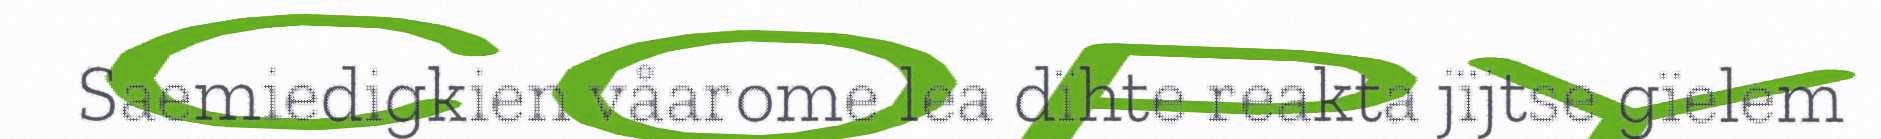
Saemiedigkien våarome lea dïhte reakta jïjtse gïelem